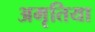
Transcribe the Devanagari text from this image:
अमृतिया